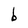
Character: b